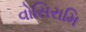
વોસિરામિ